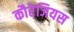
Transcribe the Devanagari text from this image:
कौरेजियस